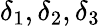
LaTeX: \delta_{1},\delta_{2},\delta_{3}